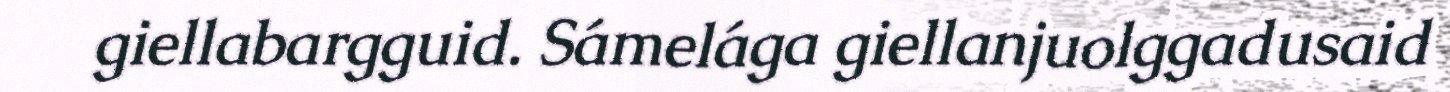
giellabargguid. Sámelága giellanjuolggadusaid